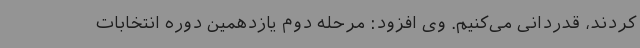
کردند، قدردانی می‌کنیم. وی افزود: مرحله دوم یازدهمین دوره انتخابات